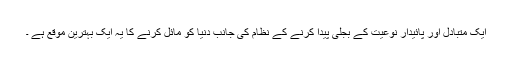
ایک متبادل اور پائیدار نوعیت کے بجلی پیدا کرنے کے نظام کی جانب دنیا کو مائل کرنے کا یہ ایک بہترین موقع ہے ۔